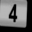
Digit: 4